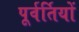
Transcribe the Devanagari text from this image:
पूर्वर्तियों